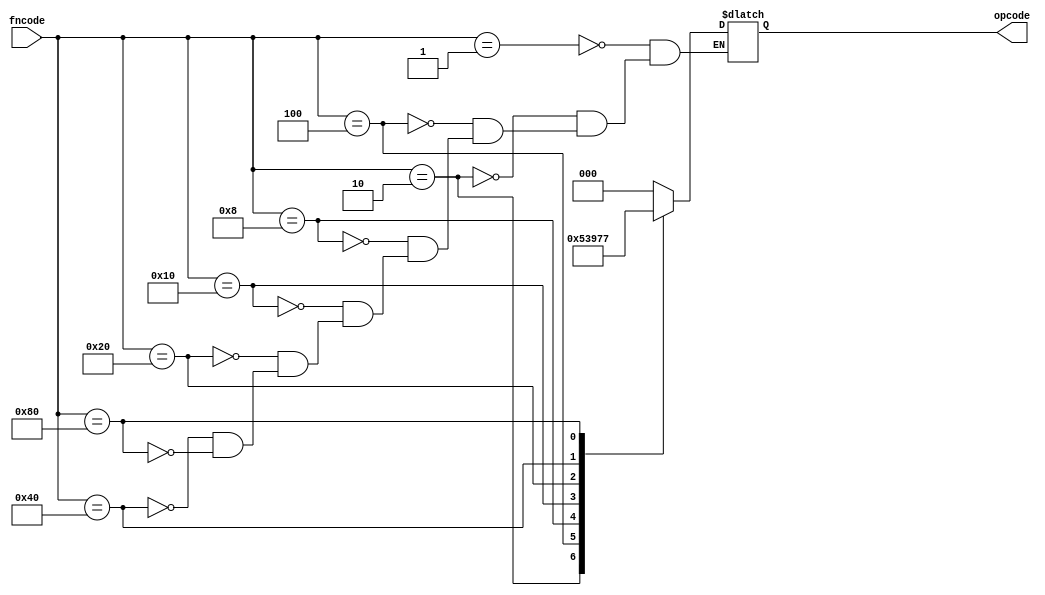
`define ADD 3'b000
`define SUB 3'b001
`define XOR 3'b010
`define OR 3'b011
`define AND 3'b100
`define NOR 3'b101
`define NAND 3'b110
`define XNOR 3'b111

module encoder(output reg [2:0] opcode,input [7:0] fncode);
always @(fncode) begin
    case (fncode)
        8'b00000001 : opcode = `ADD;
        8'b00000010 : opcode = `SUB;
        8'b00000100 : opcode = `XOR;
        8'b00001000 : opcode = `OR;
        8'b00010000 : opcode = `AND;
        8'b00100000 : opcode = `NOR;
        8'b01000000 : opcode = `NAND;
        8'b10000000 : opcode = `XNOR;
    endcase
end
endmodule

module ALU(output [3:0] out, input [3:0] A, input [3:0] B, input [2:0] opcode);
assign out = opcode == `ADD ? A + B :
             opcode == `SUB ? A - B :
             opcode == `XOR ? A ^ B :
             opcode == `OR ? A | B :
             opcode == `AND ? A & B :
             opcode == `NOR ? ~(A | B) :
             opcode == `NAND ? ~(A & B) :
             opcode == `XNOR ? ~(A ^ B) :
             0;
endmodule

module even_parity_gen(output out, input [3:0] A);
assign out = A[0] ^ A[1] ^ A[2] ^ A[3];
endmodule

module pipelineS1(regA,regB,regOP, A, B, fncode, clk);
output reg [3:0] regA, regB;
output reg [2:0] regOP;
input [3:0] A,B;
input [7:0] fncode;
input clk;

wire [2:0] opcode;
encoder enc(opcode,fncode);

always @(posedge clk)
begin
    regA <= A;
    regB <= B;
    regOP <= opcode;
end
endmodule

module pipelineS2(regRes, A, B, opcode, clk);
output reg [3:0] regRes;
input [3:0] A, B;
input [2:0] opcode;
input clk;

wire [3:0] res;
ALU alu(res, A, B, opcode);

always @(posedge clk)
begin
    regRes <= res;
end
endmodule

module pipeline(parity, A, B, fncode,clk);
output parity;
input [3:0] A,B;
input [7:0] fncode;
input clk;

wire [3:0] wA, wB;
wire [2:0] wOP;
pipelineS1 ps1(wA,wB,wOP,A,B,fncode,clk);

wire [3:0] wRes;
pipelineS2 ps2(wRes,wA,wB,wOP,clk);

even_parity_gen epg(parity,wRes);
endmodule


module tb;
reg clk;
reg [3:0] A,B;
reg [7:0] fncode;

wire parity;
pipeline pl(parity,A,B,fncode,clk);

initial
begin
    clk=0;
    // regA and regB are stage 1 registers while regRes is stage 2 register(holds arithmetic result)
    $monitor($time, " clk = %b , regA=%d, regB=%d, regRes=%b, parity = %b",clk ,pl.ps1.regA,pl.ps1.regB,B,pl.ps2.regRes,pl.parity);
    A=7;B=3;fncode=8'b00000001;
    #4 A=12;B=10;fncode=8'b00000010;
    #4 A=13;B=5;fncode=8'b00000001;
    #20 $finish;
end

always
begin
    #2 clk = ~clk;
end

endmodule